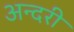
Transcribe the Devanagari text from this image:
अन्दरी